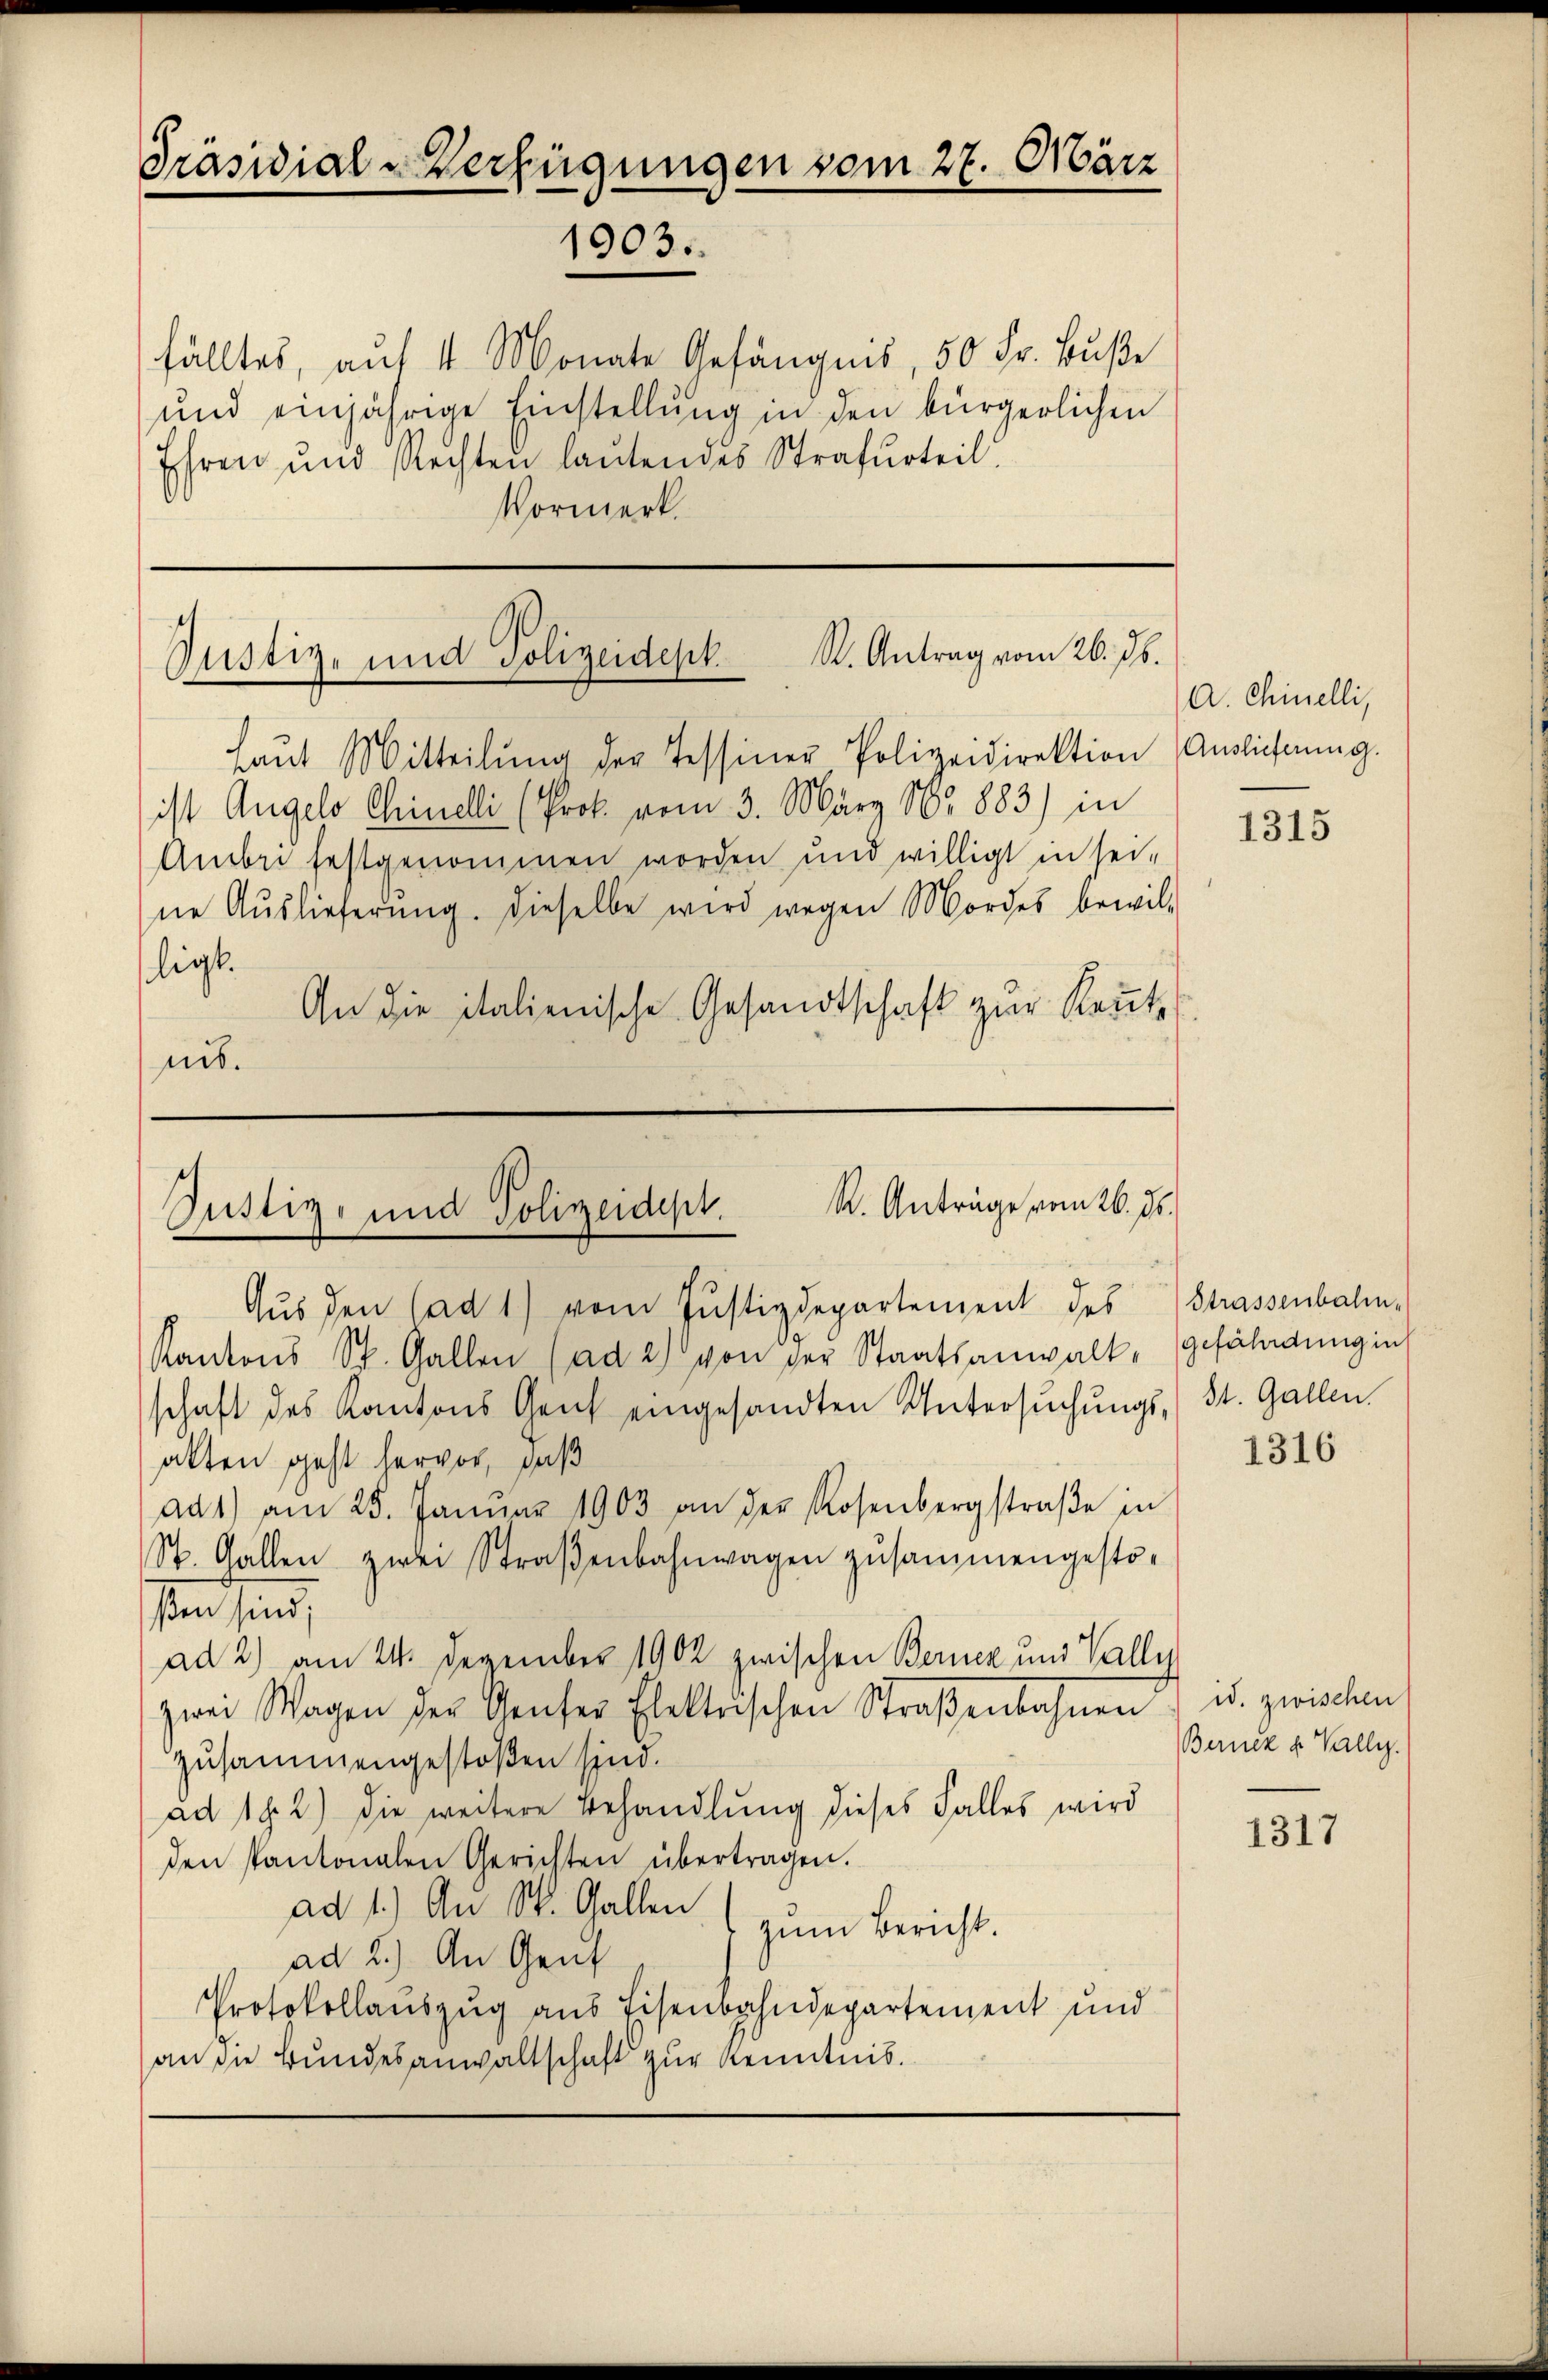
fälltes, auf 4 Monate Gefängnis, 50 Fr. Buße
und einjährige Einstellŭng in den bürgerlichen
Ehren und Rechten lautendes Strafurteil.
Vormerk.

Präsidial-Verfügungen vom 27. März
1903.

St. Antrag vom 26. Jb.
Justiz- und Polizeidept.

Amber festgenommen worden und willigt in sei-

R. Anträge vom 26. ds.
Justiz- und Polizeidept.

Laŭt Mitteilŭng der Tessiner Polizeidirektion Auslieferung.
ist Angelo Chinelli (Prot. vom 3. März 185 883) in
ne Auslieferŭng. Dieselbe wird wegen Mordes bewil-
ligt.
An die italienische Gesandtschaft zur Rente
nis.

Aus den (ad 1) vom Justizdepartement des
Kantons St. Gallen (ad 2) von der Staatsanwalt,
schaft des Kantons Genf eingesandten Untersŭchŭngs-
alten geht hervor, daß
ad1) am 25. Januar 1903 an der Rosenbergstraβe in
St. Gallen zwei Straβenbahnwagen zusammengestoßen sind;
ad 2) am 24. Dezember 1902 zwischen Berner und Valler
zwei Wagen der Genfer Elektrischen Straßenbahnen
zusammengestoßen sind.
ad 182) Die weitere Behandlung dieses Falles wird
den Kantonalen Gerichten übertragen.
ad 1.) An St. Gallen
zum Bericht.
ad 2.) An Gent
Protokollauszug aus Eisenbahndepartement und
an die Bundesanwaltschaft zur Kenntnis.

A. Chinelli,

1315

Strassenbahn,
gefährdung in
St. Gallen.

1316

id. zwischen
Berner u. Vally.

1317